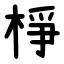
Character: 棦